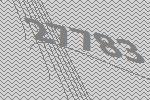
27783